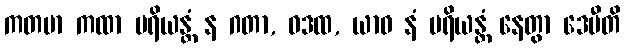
ကတမာ ကထာ ပရိယန္တံ န ဂတာ, ဝဒထ, ယာဝ နံ ပရိယန္တံ နေတွာ ဒေမီတိ